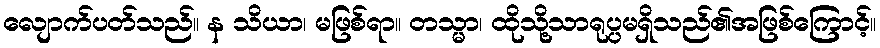
လျောက်ပတ်သည်။ န သိယာ၊ မဖြစ်ရာ။ တသ္မာ၊ ထိုသို့သာရုပ္ပမရှိသည်၏အဖြစ်ကြောင့်။